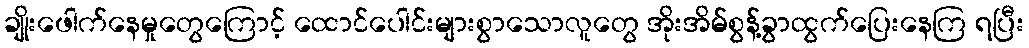
ချိုးဖေါက်နေမှုတွေကြောင့် ထောင်ပေါင်းများစွာသောလူတွေ အိုးအိမ်စွန့်ခွာထွက်ပြေးနေကြ ရပြီး